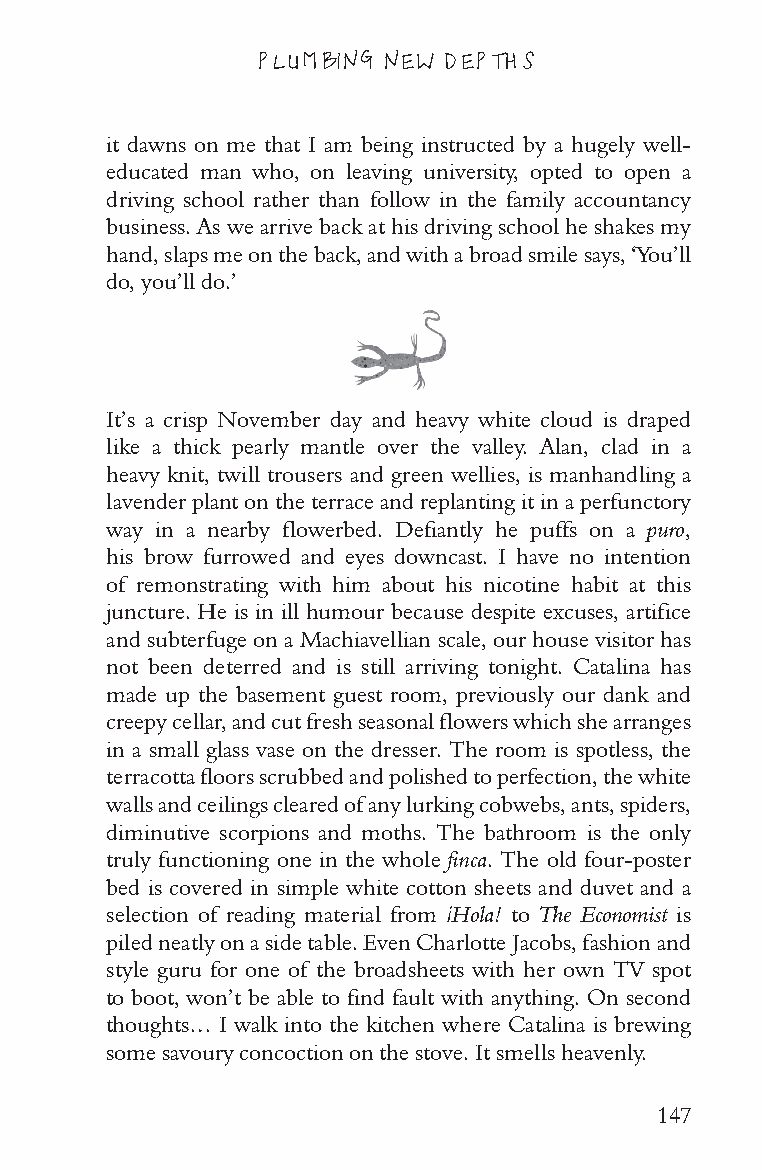
PLUMBING NEW DEPTHS
 it dawns on me that I am being instructed by a hugely well-
 educated man who, on leaving university, opted to open a
 driving school rather than follow in the family accountancy
 business. As we arrive back at his driving school he shakes my
 hand, slaps me on the back, and with a broad smile says, ‘You’ll
 do, you’ll do.’
 It’s a crisp November day and heavy white cloud is draped
 like a thick pearly mantle over the valley. Alan, clad in a
 heavy knit, twill trousers and green wellies, is manhandling a
 lavender plant on the terrace and replanting it in a perfunctory
 way in a nearby flowerbed. Defiantly he puffs on a puro,
 his brow furrowed and eyes downcast. I have no intention
 of remonstrating with him about his nicotine habit at this
 juncture. He is in ill humour because despite excuses, artifice
 and subterfuge on a Machiavellian scale, our house visitor has
 not been deterred and is still arriving tonight. Catalina has
 made up the basement guest room, previously our dank and
 creepy cellar, and cut fresh seasonal flowers which she arranges
 in a small glass vase on the dresser. The room is spotless, the
 terracotta floors scrubbed and polished to perfection, the white
 walls and ceilings cleared of any lurking cobwebs, ants, spiders,
 diminutive scorpions and moths. The bathroom is the only
 truly functioning one in the whole finca. The old four-poster
 bed is covered in simple white cotton sheets and duvet and a
 selection of reading material from ¡Hola! to The Economist is
 piled neatly on a side table. Even Charlotte Jacobs, fashion and
 style guru for one of the broadsheets with her own TV spot
 to boot, won’t be able to find fault with anything. On second
 thoughts… I walk into the kitchen where Catalina is brewing
 some savoury concoction on the stove. It smells heavenly.
 147